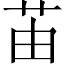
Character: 苖